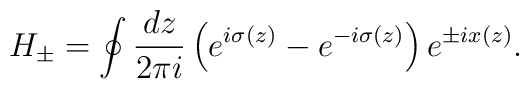
H_{\pm} = \oint \frac{dz}{2 \pi i} \left( e^{i \sigma(z)} - e^{-i \sigma(z)}\right) e^{\pm i x(z) }.